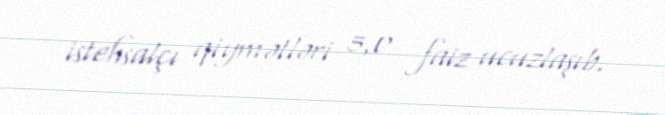
istehsalçı qiymətləri 5,0 faiz ucuzlaşıb.